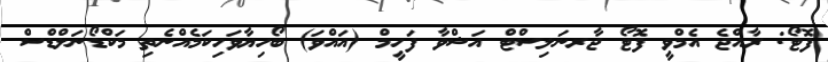
ފޮޓޯ: ރާއްޖެ އެމްވީ ފޮޓޯ ޖާރނަލިސްޓް އަޝްވާ ފަހީމް (އައްވަ) ބޯހިޔާވަހިކަމެއްނެތި މަކްޑޯނަލްޑްސް